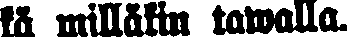
kä milläkin tawalla.